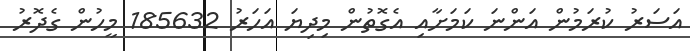
އަސަރު ކުރަމުން އަންނަ ކަމަށާއި އެގޮތުން މިދިޔަ އަހަރު 185632 މީހުން ގެދޮރު